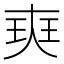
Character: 㻎